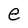
Character: e